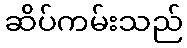
ဆိပ်ကမ်းသည်